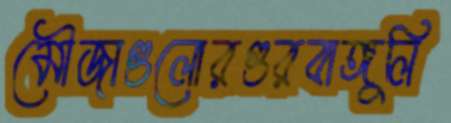
মৌজাগুলোরগুরবাঙ্গুলি